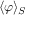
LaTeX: \langle \varphi \rangle _ { S }